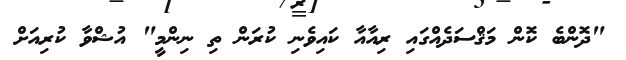
"ދޮންބެ ކޮން މަޤްސަދެއްގައި ރިއާއާ ކައިވެނި ކުރަން ތި ނިންމީ" އުޝްވާ ކުރިއަށް